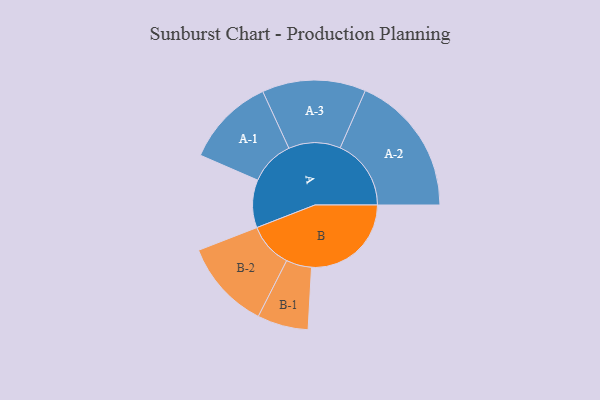
{"axis": {"x": "Segment", "y": "Value"}, "legend": ["", "A", "B"], "data": [{"x": "A", "y": 201, "type": ""}, {"x": "B", "y": 419, "type": ""}, {"x": "A-1", "y": 188, "type": "A"}, {"x": "A-2", "y": 298, "type": "A"}, {"x": "A-3", "y": 218, "type": "A"}, {"x": "B-1", "y": 107, "type": "B"}, {"x": "B-2", "y": 188, "type": "B"}]}